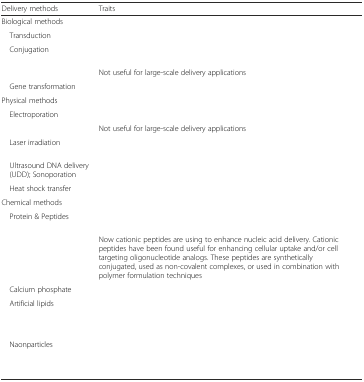
<table><thead><tr><td><b>Delivery methods</b></td><td><b>Traits</b></td></tr></thead><tbody><tr><td colspan="2">Biological methods</td></tr><tr><td> Transduction</td><td>[EMPTY_CELL]</td></tr><tr><td rowspan="2"> Conjugation</td><td>[EMPTY_CELL]</td></tr><tr><td>Not useful for large-scale delivery applications</td></tr><tr><td> Gene transformation</td><td>[EMPTY_CELL]</td></tr><tr><td colspan="2">Physical methods</td></tr><tr><td rowspan="2"> Electroporation</td><td>[EMPTY_CELL]</td></tr><tr><td>Not useful for large-scale delivery applications</td></tr><tr><td> Laser irradiation</td><td>[EMPTY_CELL]</td></tr><tr><td> Ultrasound DNA delivery (UDD); Sonoporation</td><td>[EMPTY_CELL]</td></tr><tr><td> Heat shock transfer</td><td>[EMPTY_CELL]</td></tr><tr><td colspan="2">Chemical methods</td></tr><tr><td rowspan="2"> Protein &amp; Peptides</td><td>[EMPTY_CELL]</td></tr><tr><td>Now cationic peptides are using to enhance nucleic acid delivery. Cationic peptides have been found useful for enhancing cellular uptake and/or cell targeting oligonucleotide analogs. These peptides are synthetically conjugated, used as non-covalent complexes, or used in combination with polymer formulation techniques</td></tr><tr><td> Calcium phosphate</td><td>[EMPTY_CELL]</td></tr><tr><td> Artificial lipids</td><td>[EMPTY_CELL]</td></tr><tr><td> Naonparticles</td><td>[EMPTY_CELL]</td></tr></tbody></table>